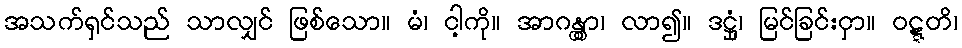
အသက်ရှင်သည် သာလျှင် ဖြစ်သော။ မံ၊ ငါ့ကို။ အာဂန္တွာ၊ လာ၍။ ဒဋ္ဌုံ၊ မြင်ခြင်းငှာ။ ဝဋ္ဋတိ၊